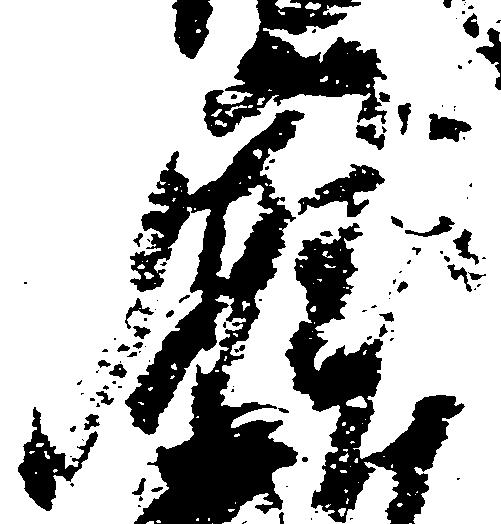
庁